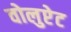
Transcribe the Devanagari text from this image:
वोलुप्टेट